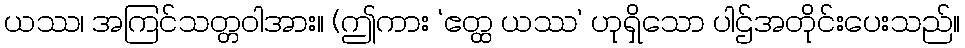
ယဿ၊ အကြင်သတ္တဝါအား။ (ဤကား ‘ဧတ္ထ ယဿ’ ဟုရှိသော ပါဌ်အတိုင်းပေးသည်။